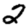
Digit: 2